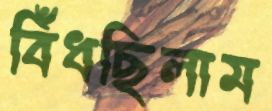
বিঁধছিলাম